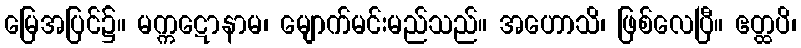
မြေအပြင်၌။ မက္ကဋောနာမ၊ မျောက်မင်းမည်သည်။ အဟောသိ၊ ဖြစ်လေပြီ။ ဧတ္ထပိ၊